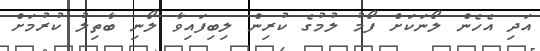
އަދި އެހެން ލޯނަކަށް ފޯމު ލުމުގެ ކުރިން ލިބިފައިވާ ލޯނި ބާތިލު ކުރުމަށް